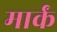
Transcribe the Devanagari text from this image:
मार्कं